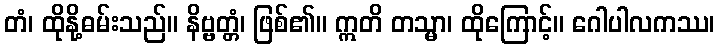
တံ၊ ထိုနို့ဓမ်းသည်။ နိဗ္ဗတ္တံ၊ ဖြစ်၏။ ဣတိ တသ္မာ၊ ထိုကြောင့်။ ဂေါပါလကဿ၊